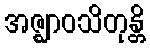
အဇ္ဈာဝသိတုန္တိ